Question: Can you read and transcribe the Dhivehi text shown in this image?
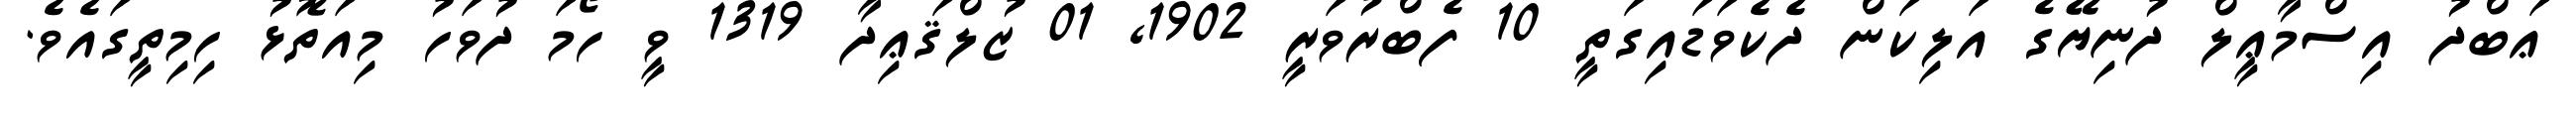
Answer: ޢަބްދު އިސްމާޢީލް ދުނިޔޭގެ އަލިކަން ދެކެވަޑައިގަތީ 10 ފެބްރުވަރީ 1902, 01 ޒުލްޤަޢިދާ 1319 ވީ ހޯމަ ދުވަހު މިއަތޮޅު ހިމިތީގައެވެ.